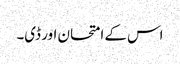
اس کے امتحان اور ڈی۔